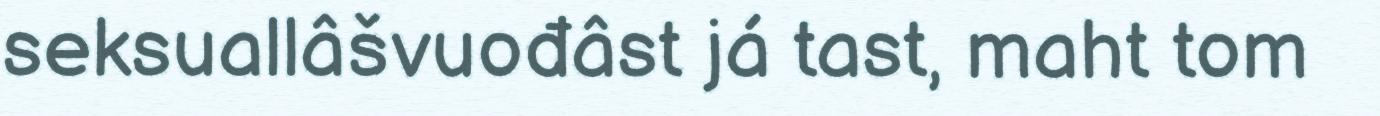
seksuallâšvuođâst já tast, maht tom